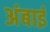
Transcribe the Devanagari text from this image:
अंबाई